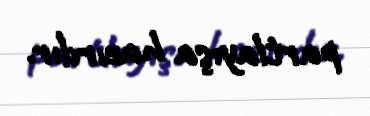
partlayışa hazırdır.